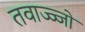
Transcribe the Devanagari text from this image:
तवाज्ज्जो